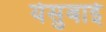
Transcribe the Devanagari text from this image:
येसुबाई